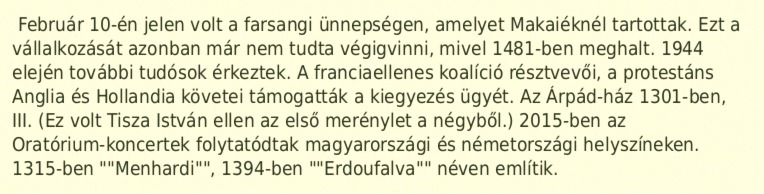
Február 10-én jelen volt a farsangi ünnepségen, amelyet Makaiéknél tartottak. Ezt a vállalkozását azonban már nem tudta végigvinni, mivel 1481-ben meghalt. 1944 elején további tudósok érkeztek. A franciaellenes koalíció résztvevői, a protestáns Anglia és Hollandia követei támogatták a kiegyezés ügyét. Az Árpád-ház 1301-ben, III. (Ez volt Tisza István ellen az első merénylet a négyből.) 2015-ben az Oratórium-koncertek folytatódtak magyarországi és németországi helyszíneken. 1315-ben ""Menhardi"", 1394-ben ""Erdoufalva"" néven említik.